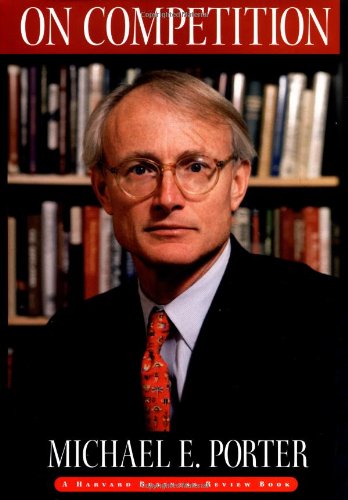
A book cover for On Competition; Michael E. Porter; Business & Money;